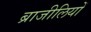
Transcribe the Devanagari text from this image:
ब्राजीलियों